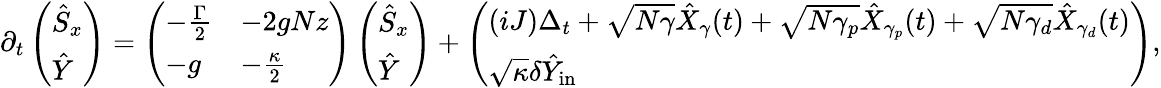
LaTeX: \partial_{t}\left(\begin{array}{l}{\hat{S}_{x}}\\ {\hat{Y}}\end{array}\right)=\left(\begin{array}{ll}{-\frac{\Gamma}{2}}&{-2gNz}\\ {-g}&{-\frac{\kappa}{2}}\end{array}\right)\left(\begin{array}{l}{\hat{S}_{x}}\\ {\hat{Y}}\end{array}\right)+\left(\begin{array}{l}{(iJ)\Delta_{t}+\sqrt{N\gamma}\hat{X}_{\gamma}(t)+\sqrt{N\gamma_{p}}\hat{X}_{\gamma_{p}}(t)+\sqrt{N\gamma_{d}}\hat{X}_{\gamma_{d}}(t)}\\ {\sqrt{\kappa}\delta\hat{Y}_{\mathrm{in}}}\end{array}\right),